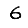
Digit: 6